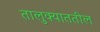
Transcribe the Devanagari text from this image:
तालुक्याततील